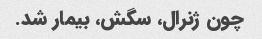
چون ژنرال، سگش، بیمار شد.